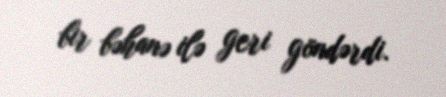
bir bəhanə ilə geri göndərdi.